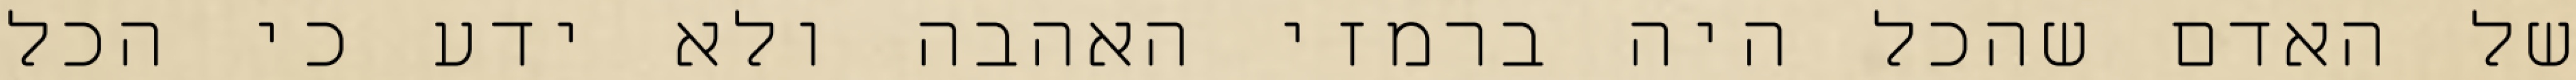
של האדם שהכל היה ברמזי האהבה ולא ידע כי הכל